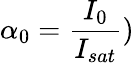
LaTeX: \alpha_{0}=\frac{I_{0}}{I_{sat}})